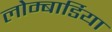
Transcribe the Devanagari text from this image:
लोम्बार्डिया